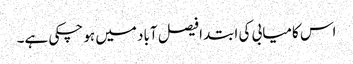
اس کامیابی کی ابتدا فیصل آباد میں ہو چکی ہے۔